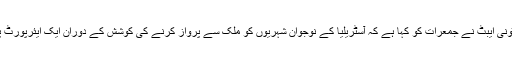
وزیراعظم ٹونی ایبٹ نے جمعرات کو کہا ہے کہ آسٹریلیا کے نوجوان شہریوں کو ملک سے پرواز کرنے کی کوشش کے دوران ایک ایئرپورٹ پر روکا گیا۔